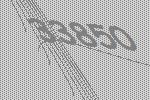
33850